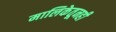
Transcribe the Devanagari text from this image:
मालिकेतूनही